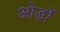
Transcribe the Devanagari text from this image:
ओर्ड़ो